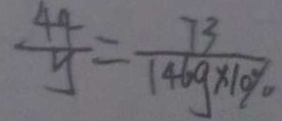
\frac { 4 4 } { y } = \frac { 7 3 } { 1 4 6 g \times 1 0 \% }